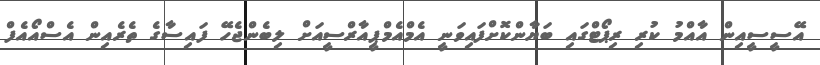
އޭސީސީއިން އާއްމު ކުރި ރިޕޯޓްގައި ބަޔާންކޮށްފައިވަނީ އެމްއެމްޕީއާރްސީއަށް ލިބެންޖެހޭ ފައިސާގެ ތެރެއިން އެސްއޯއެފް